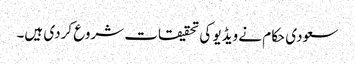
سعودی حکام نے ویڈیو کی تحقیقات شروع کردی ہیں۔